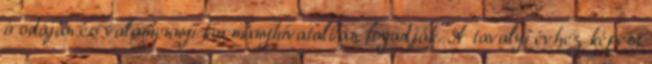
irodáján és valamennyi kormányhivatalban fogadják. A tavalyi évhez képest